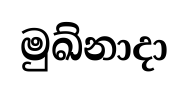
මුඛ්නාදා